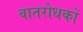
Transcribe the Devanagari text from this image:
वातरोधकों